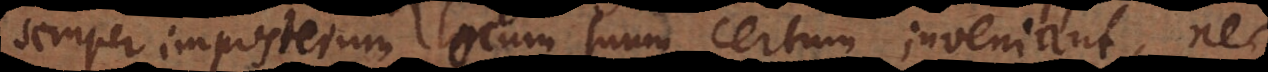
semper imposterum locum suum certum inveniant, nec